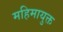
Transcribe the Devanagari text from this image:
महिमायुक्त